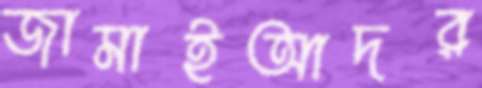
জামাইআদর